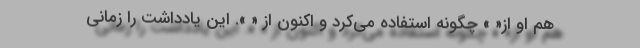
هم او از« » چگونه استفاده می‌کرد و اکنون از « ». این یادداشت را زمانی